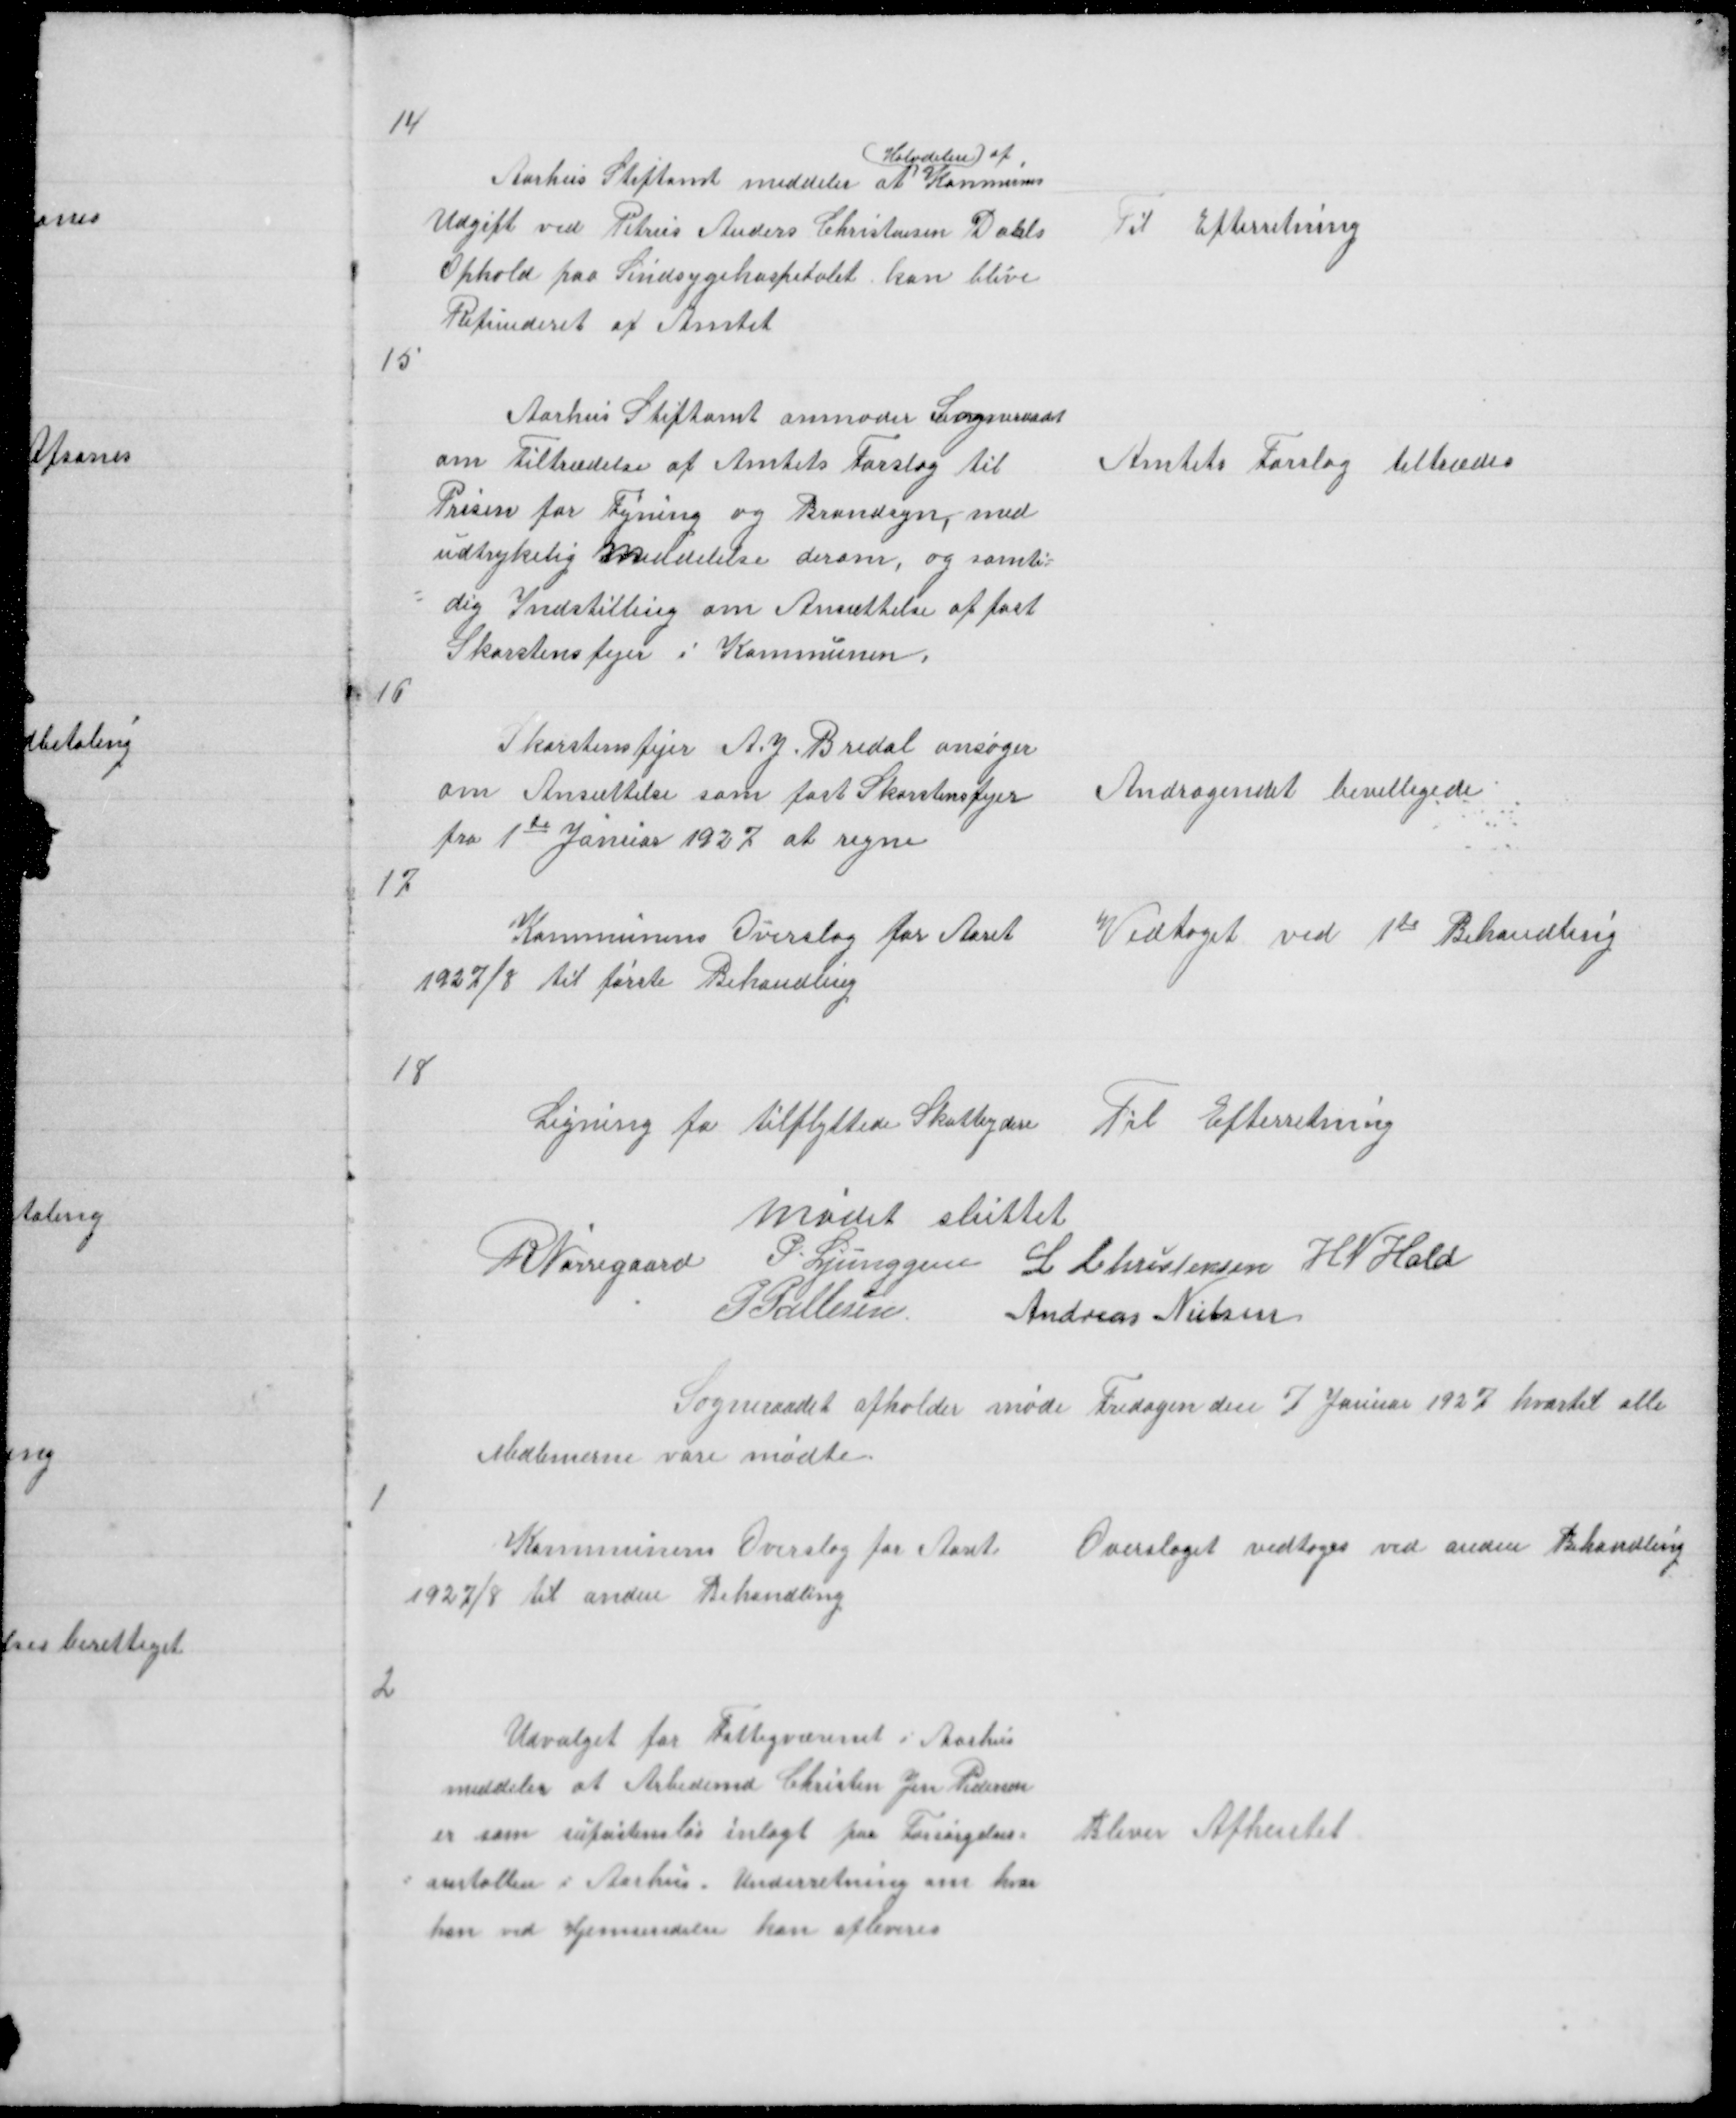
Transskription:
14

( Halvdelen ) af,
Aarhus Stiftamt meddeler at Kommunens
Udgift ved Petrus Anders Christensen Dahls
Ophold paa Sindsygehospitalet kan blive
Refunderet af Amtet

Til Efterretning

15

Aarhus Stiftamt anmoder Sogneraadet
om Tiltrædelse af Amtets Forslag til
Prisen for Fejning og Brandsyn, med
udtrykelig Meddelelse derom, og samti =
= dig Indstilling om Ansættelse af fast
Skorstensfejer i Kommunen.

Amtets Forslag tiltrædes

16

Skorstensfejer A. J. Bredal ansøger
om Ansættelse som fast Skorstensfejer
fra 1te Januar 1927 at regne

Andragendet bevilligede

17

Kommunens Overslag for Aaret
1927/8 til første Behandling

Vedtaget ved 1te Behandling

18

Ligning fa tilflyttede Skatteydere

Til Efterretning

Mødet sluttet
R Nørregaard
P Ljunggren L Christensen H N Hald
P Pallesen
Andreas Nielsen

Sogneraadet afholder møde Fredagen den 7 Januar 1927 hvortil alle
Medlemerne vare mødte

1

Kommunens Overslag for Aaret
1927/8 til anden Behandling

Overslaget vedtoges ved anden Behandling

2

Udvalget for Fattigvæsenet i Aarhus
meddeler at Arbedsmd Christen Jen Pedersen
er som Supsistensløs inlagt paa Forsørgelses =
= anstalten i Aarhus. Underretning om hvor
han ved Hjemsendelse kan afleveres

Bliver Afhentet